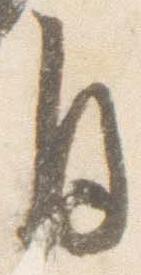
自